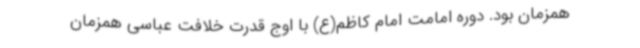
همزمان بود. دوره امامت امام کاظم(ع) با اوج قدرت خلافت عباسی همزمان